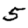
Digit: 5